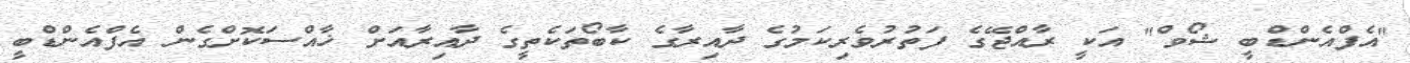
"އެފްއެންޑްބީ ޝޯވް" އަކީ ރާއްޖޭގެ ފަތުރުވެރިކަމުގެ ދާއިރާގެ ކާބޯތަކެތީގެ ދާއިރާއަށް ޚާއްސަކޮށްގެން އެފްއެންޑްބީ